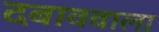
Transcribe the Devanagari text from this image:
दबाववाला